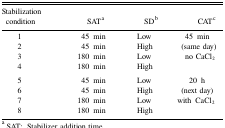
<table><thead><tr><td><b>Stabilization condition</b></td><td><b>SATa</b></td><td><b>SDb</b></td><td><b>CATc</b></td></tr></thead><tbody><tr><td>1</td><td>45 min</td><td>Low</td><td rowspan="4">45 min (same day) no CaCl<sub>2</sub></td></tr><tr><td>2</td><td>45 min</td><td>High</td></tr><tr><td>3</td><td>180 min</td><td>Low</td></tr><tr><td>4</td><td>180 min</td><td>High</td></tr><tr><td>5</td><td>45 min</td><td>Low</td><td rowspan="4">20 h (next day) with CaCl<sub>2</sub></td></tr><tr><td>6</td><td>45 min</td><td>High</td></tr><tr><td>7</td><td>180 min</td><td>Low</td></tr><tr><td>8</td><td>180 min</td><td>High</td></tr></tbody></table>